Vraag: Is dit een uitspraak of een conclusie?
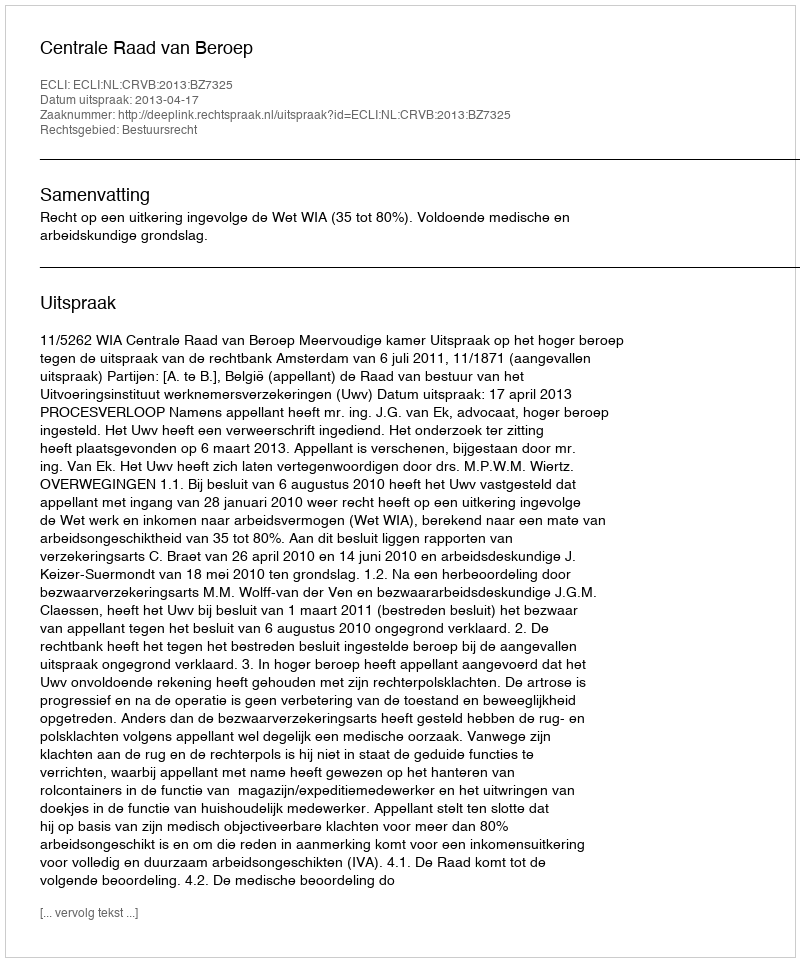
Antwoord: Uitspraak